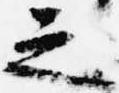
之